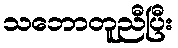
သဘောတူညီပြီး